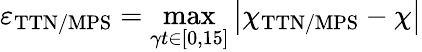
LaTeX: \varepsilon_{\mathrm{TTN/MPS}}=\operatorname*{max}_{\gamma t\in[0,15]}\left|\chi_{\mathrm{TTN/MPS}}-\chi\right|